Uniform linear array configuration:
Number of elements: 4
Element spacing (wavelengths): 0.75
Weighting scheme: blackman
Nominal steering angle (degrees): -30
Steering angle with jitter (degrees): -28.735
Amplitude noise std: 0.05
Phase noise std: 0.05

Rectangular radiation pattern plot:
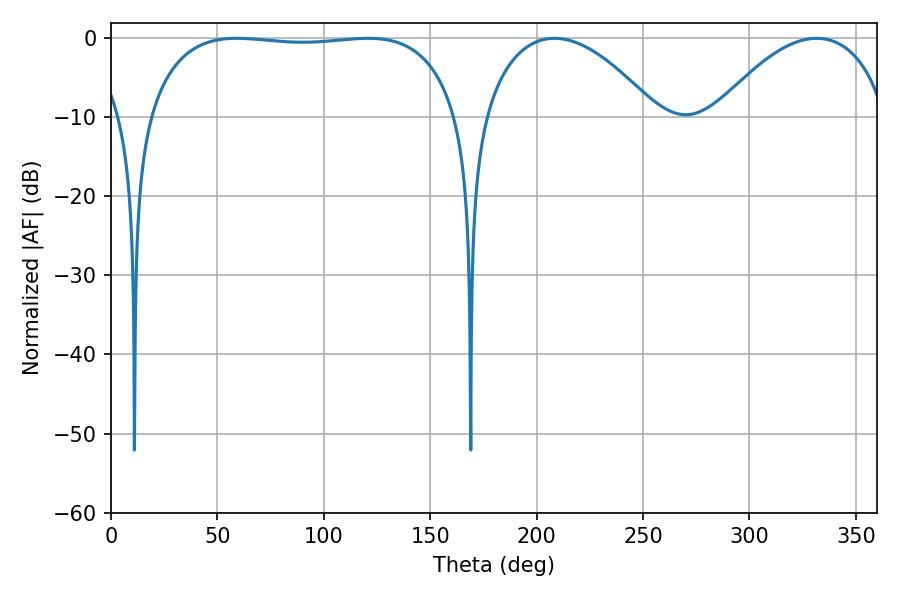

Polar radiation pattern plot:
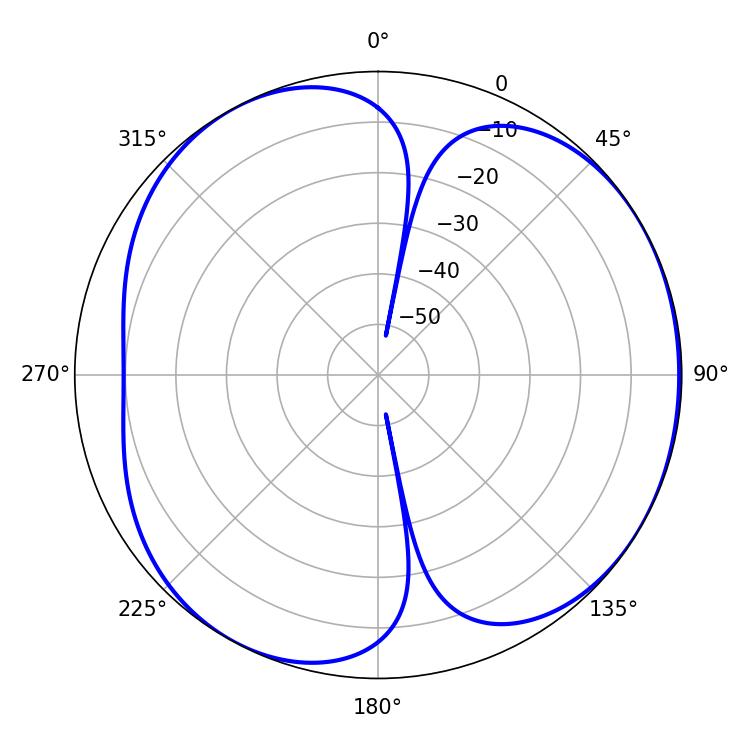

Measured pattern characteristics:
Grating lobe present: TRUE
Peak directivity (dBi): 4.598
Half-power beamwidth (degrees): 116.64
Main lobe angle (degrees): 59.04